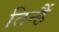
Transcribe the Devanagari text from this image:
तिन्‍हैं